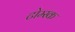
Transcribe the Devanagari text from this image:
टोम्स्क